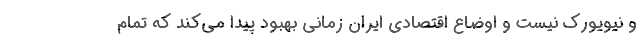
و نیویورک نیست و اوضاع اقتصادی ایران زمانی بهبود پیدا می‌کند که تمام